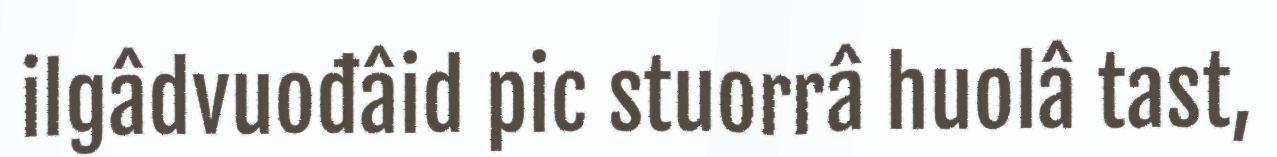
ilgâdvuođâid pic stuorrâ huolâ tast,